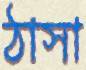
ঠাসা